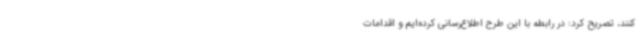
کنند، تصریح کرد: در رابطه با این طرح اطلاع‌رسانی کرده‌ایم و اقدامات